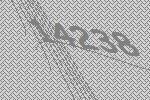
14238